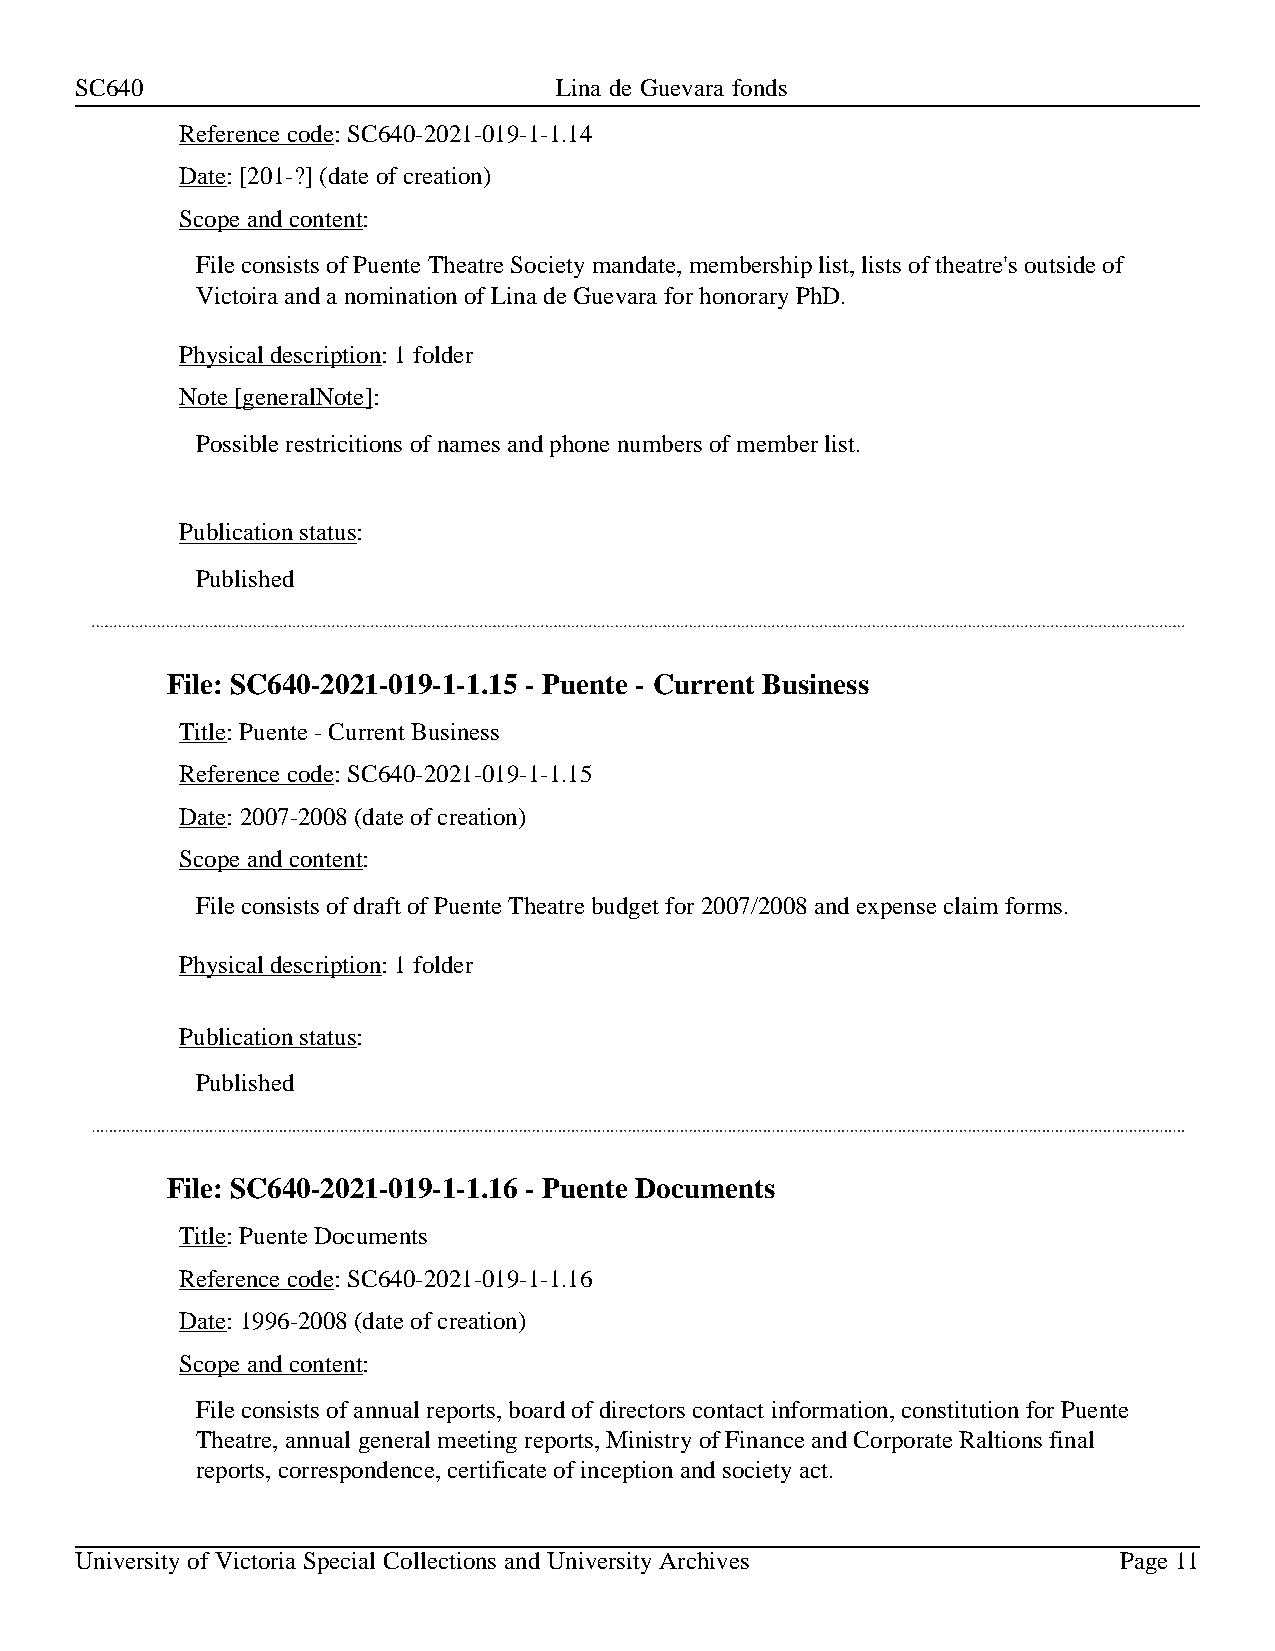
SC640                           Lina de Guevara fonds
 Reference code: SC640-2021-019-1-1.14
 Date: [201-?] (date of creation)
 Scope and content:
 File consists of Puente Theatre Society mandate, membership list, lists of theatre's outside of
 Victoira and a nomination of Lina de Guevara for honorary PhD.
 Physical description: 1 folder
 Note [generalNote]:
 Possible restricitions of names and phone numbers of member list.
 Publication status:
 Published
 File: SC640-2021-019-1-1.15 - Puente - Current Business
 Title: Puente - Current Business
 Reference code: SC640-2021-019-1-1.15
 Date: 2007-2008 (date of creation)
 Scope and content:
 File consists of draft of Puente Theatre budget for 2007/2008 and expense claim forms.
 Physical description: 1 folder
 Publication status:
 Published
 File: SC640-2021-019-1-1.16 - Puente Documents
 Title: Puente Documents
 Reference code: SC640-2021-019-1-1.16
 Date: 1996-2008 (date of creation)
 Scope and content:
 File consists of annual reports, board of directors contact information, constitution for Puente
 Theatre, annual general meeting reports, Ministry of Finance and Corporate Raltions final
 reports, correspondence, certificate of inception and society act.
 University of Victoria Special Collections and University Archives   Page 11